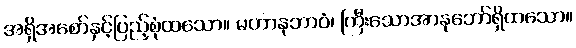
အရှိအစော်နှင့်ပြည့်စုံထသော။ မဟာနုဘာဝံ၊ ကြီးသောအာနုဘော်ရှိထသော။